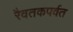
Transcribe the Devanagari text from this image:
रैवतकपर्वत